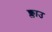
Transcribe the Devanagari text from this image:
क्लाउ